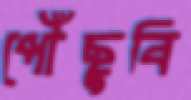
পৌঁছুবি